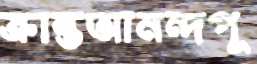
ক্রান্তআনন্দপূ